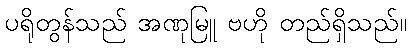
ပရိုတွန်သည် အဏုမြူ ဗဟို တည်ရှိသည်။